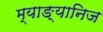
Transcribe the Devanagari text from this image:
म्याङ्यानिज